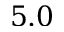
5 . 0